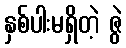
နှစ်ပါးမရှိတဲ့ ဇွဲ